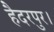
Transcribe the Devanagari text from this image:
हैदरपुर।